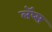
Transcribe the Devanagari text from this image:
लॅप्स